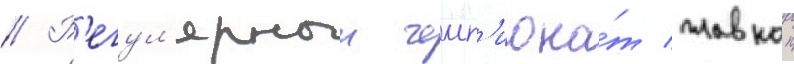
// Р'егул'ярныи чемп'иона́т главнои